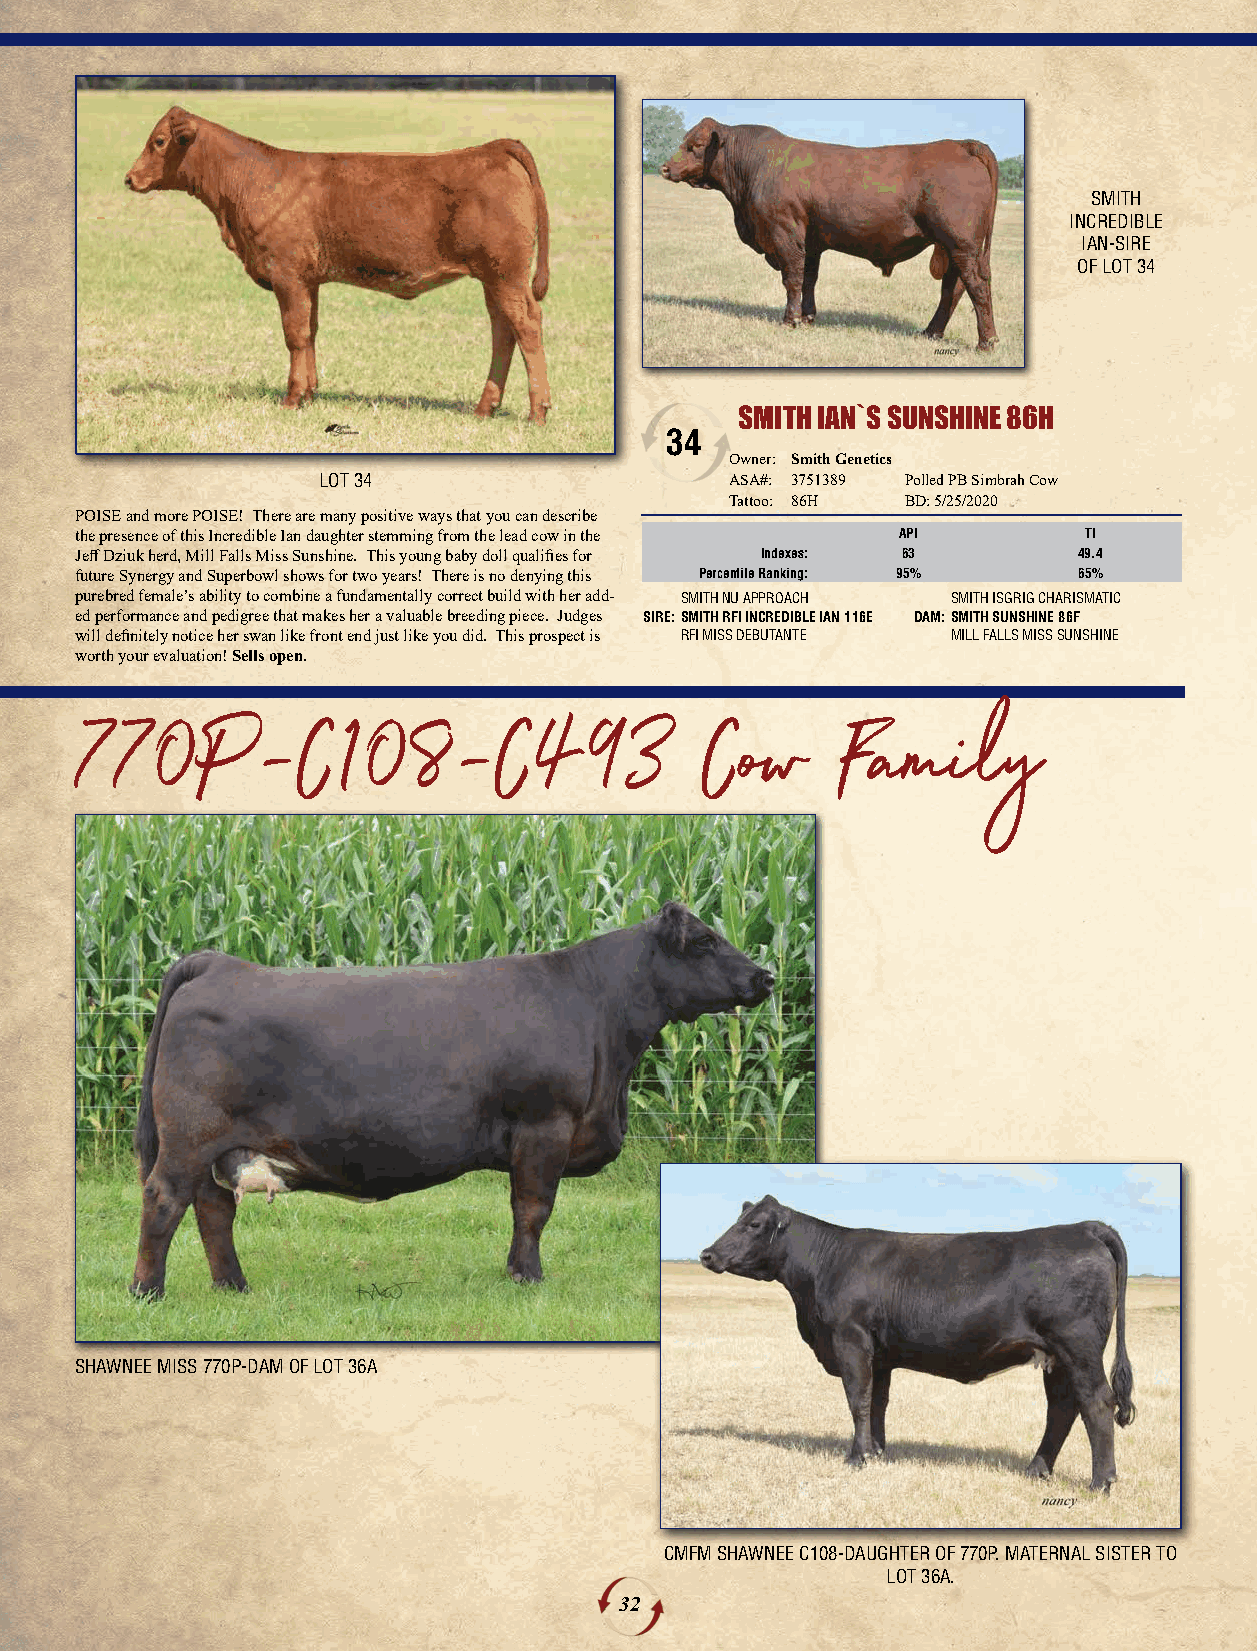
SMITH
 INCREDIBLE
 IAN-SIRE
 OF LOT 34
 SMITH IAN`S SUNSHINE 86H
 34
 Owner: Smith Genetics
 LOT 34                     ASA#: 3751389 Polled PB Simbrah Cow
 Tattoo: 86H BD: 5/25/2020
 POISE and more POISE! There are many positive ways that you can describe
 the presence of this Incredible Ian daughter stemming from the lead cow in the API TI
 Jeff Dziuk herd, Mill Falls Miss Sunshine. This young baby doll qualifies for Indexes: 63 49.4
 future Synergy and Superbowl shows for two years! There is no denying this Percentile Ranking: 95% 65%
 purebred female’s ability to combine a fundamentally correct build with her add- SMITH NU APPROACH SMITH ISGRIG CHARISMATIC
 ed performance and pedigree that makes her a valuable breeding piece. Judges SIRE:SMITH RFI INCREDIBLE IAN 116E DAM:SMITH SUNSHINE 86F
 will definitely notice her swan like front end just like you did. This prospect is RFI MISS DEBUTANTE MILL FALLS MISS SUNSHINE
 worth your evaluation! Sells open.
 777700PP--CC110088--CC449933             CCooww   FFaammiillyy
 SHAWNEE MISS 770P-DAM OF LOT 36A
 CMFM SHAWNEE C108-DAUGHTER OF 770P. MATERNAL SISTER TO
 LOT 36A.
 32